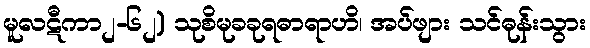
မူလဋီကာ၂-၆၂) သုစိမုခခုရဓာရာဟိ၊ အပ်ဖျား သင်ဓုန်းသွား